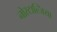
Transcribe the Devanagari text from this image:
नोस्टाल्जिया